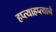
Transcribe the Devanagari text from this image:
हप्त्याहप्त्याने